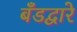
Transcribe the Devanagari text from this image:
बँडद्वारे